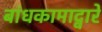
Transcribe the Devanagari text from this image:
बांधकामाद्वारे